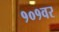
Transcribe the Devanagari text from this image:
१०१वर